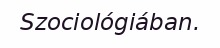
Szociológiában.